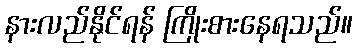
နားလည်နိုင်ရန် ကြိုးစားနေရသည်။